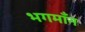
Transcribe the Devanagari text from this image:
भगमाँन